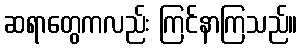
ဆရာတွေကလည်း ကြင်နာကြသည်။